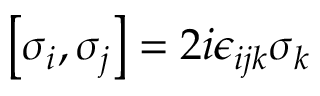
\left[ \sigma _ { i } , \sigma _ { j } \right] = 2 i \epsilon _ { i j k } \sigma _ { k }